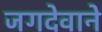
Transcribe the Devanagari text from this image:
जगदेवाने